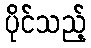
ပိုင်သည့်